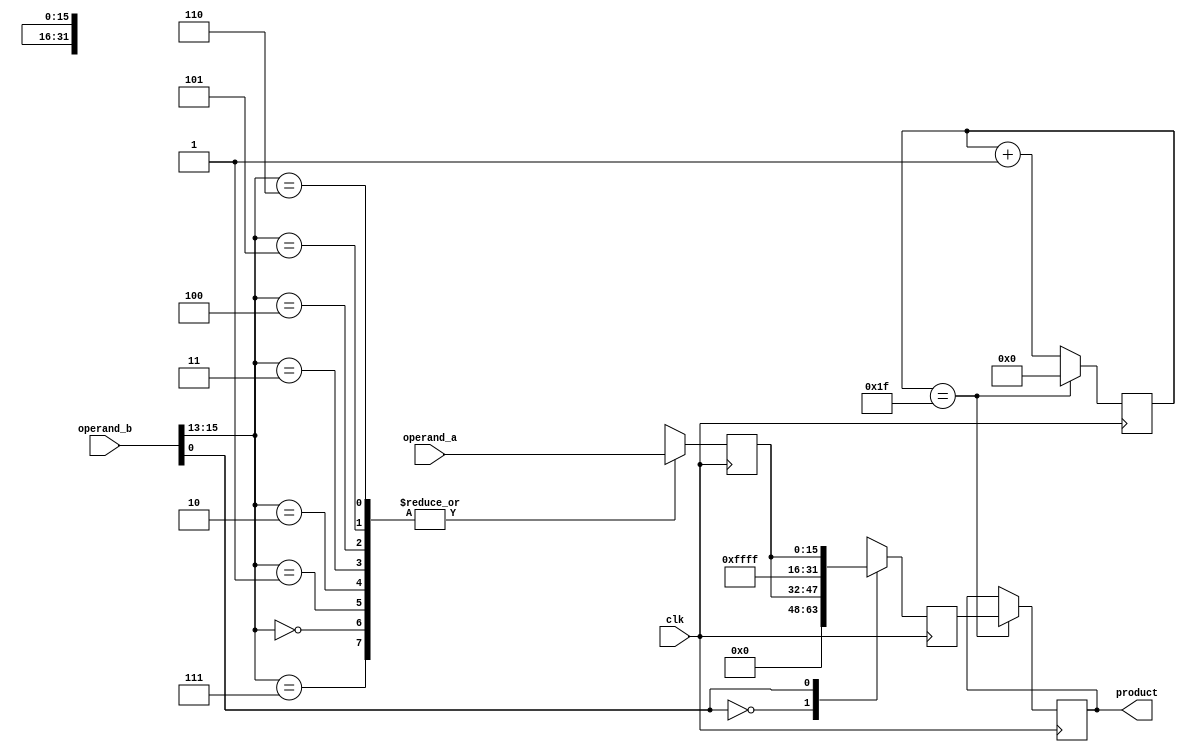
module booth_multiplier(
    input wire [15:0] operand_a,
    input wire [15:0] operand_b,
    output reg [31:0] product,
    input wire clk
);

reg [15:0] a_shift;
reg [31:0] partial_product;
reg [4:0] count;

always @(posedge clk) begin
    // Booth encoder block
    case({operand_b[15], operand_b[14], operand_b[13]})
        3'b000, 3'b111: a_shift <= {16'h0000, operand_a};
        3'b001: a_shift <= {16'hFFFF, operand_a};
        3'b010: a_shift <= {16'hFFFF, operand_a};
        3'b011: a_shift <= {16'hFFFF, operand_a};
        3'b100: a_shift <= {16'h0000, operand_a};
        3'b101: a_shift <= {16'h0000, operand_a};
        3'b110: a_shift <= {16'h0000, operand_a};
    endcase

    // Multiplier block
    case(operand_b[0])
        1'b0: partial_product <= {16'h0000, a_shift};
        1'b1: partial_product <= {16'hFFFF, a_shift};
    endcase

    // Clock divider block
    if(count == 5'b11111) begin
        count <= 5'b0;
        product <= partial_product;
    end
    else begin
        count <= count + 1;
    end
end

endmodule